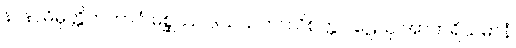
နာနာဓိမုတ္တိကဘာဝံ မစ္ဆဿ ဒသသဟဿိစက္ကဝါဠေသု အာဟရိယမာနံ